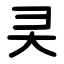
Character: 㚑